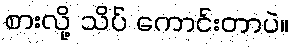
စားလို့ သိပ် ကောင်းတာပဲ။